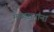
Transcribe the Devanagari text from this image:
माळरानांना